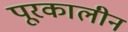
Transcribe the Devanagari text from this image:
पूरकालीन